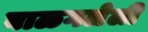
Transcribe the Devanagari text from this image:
बाळगलेली